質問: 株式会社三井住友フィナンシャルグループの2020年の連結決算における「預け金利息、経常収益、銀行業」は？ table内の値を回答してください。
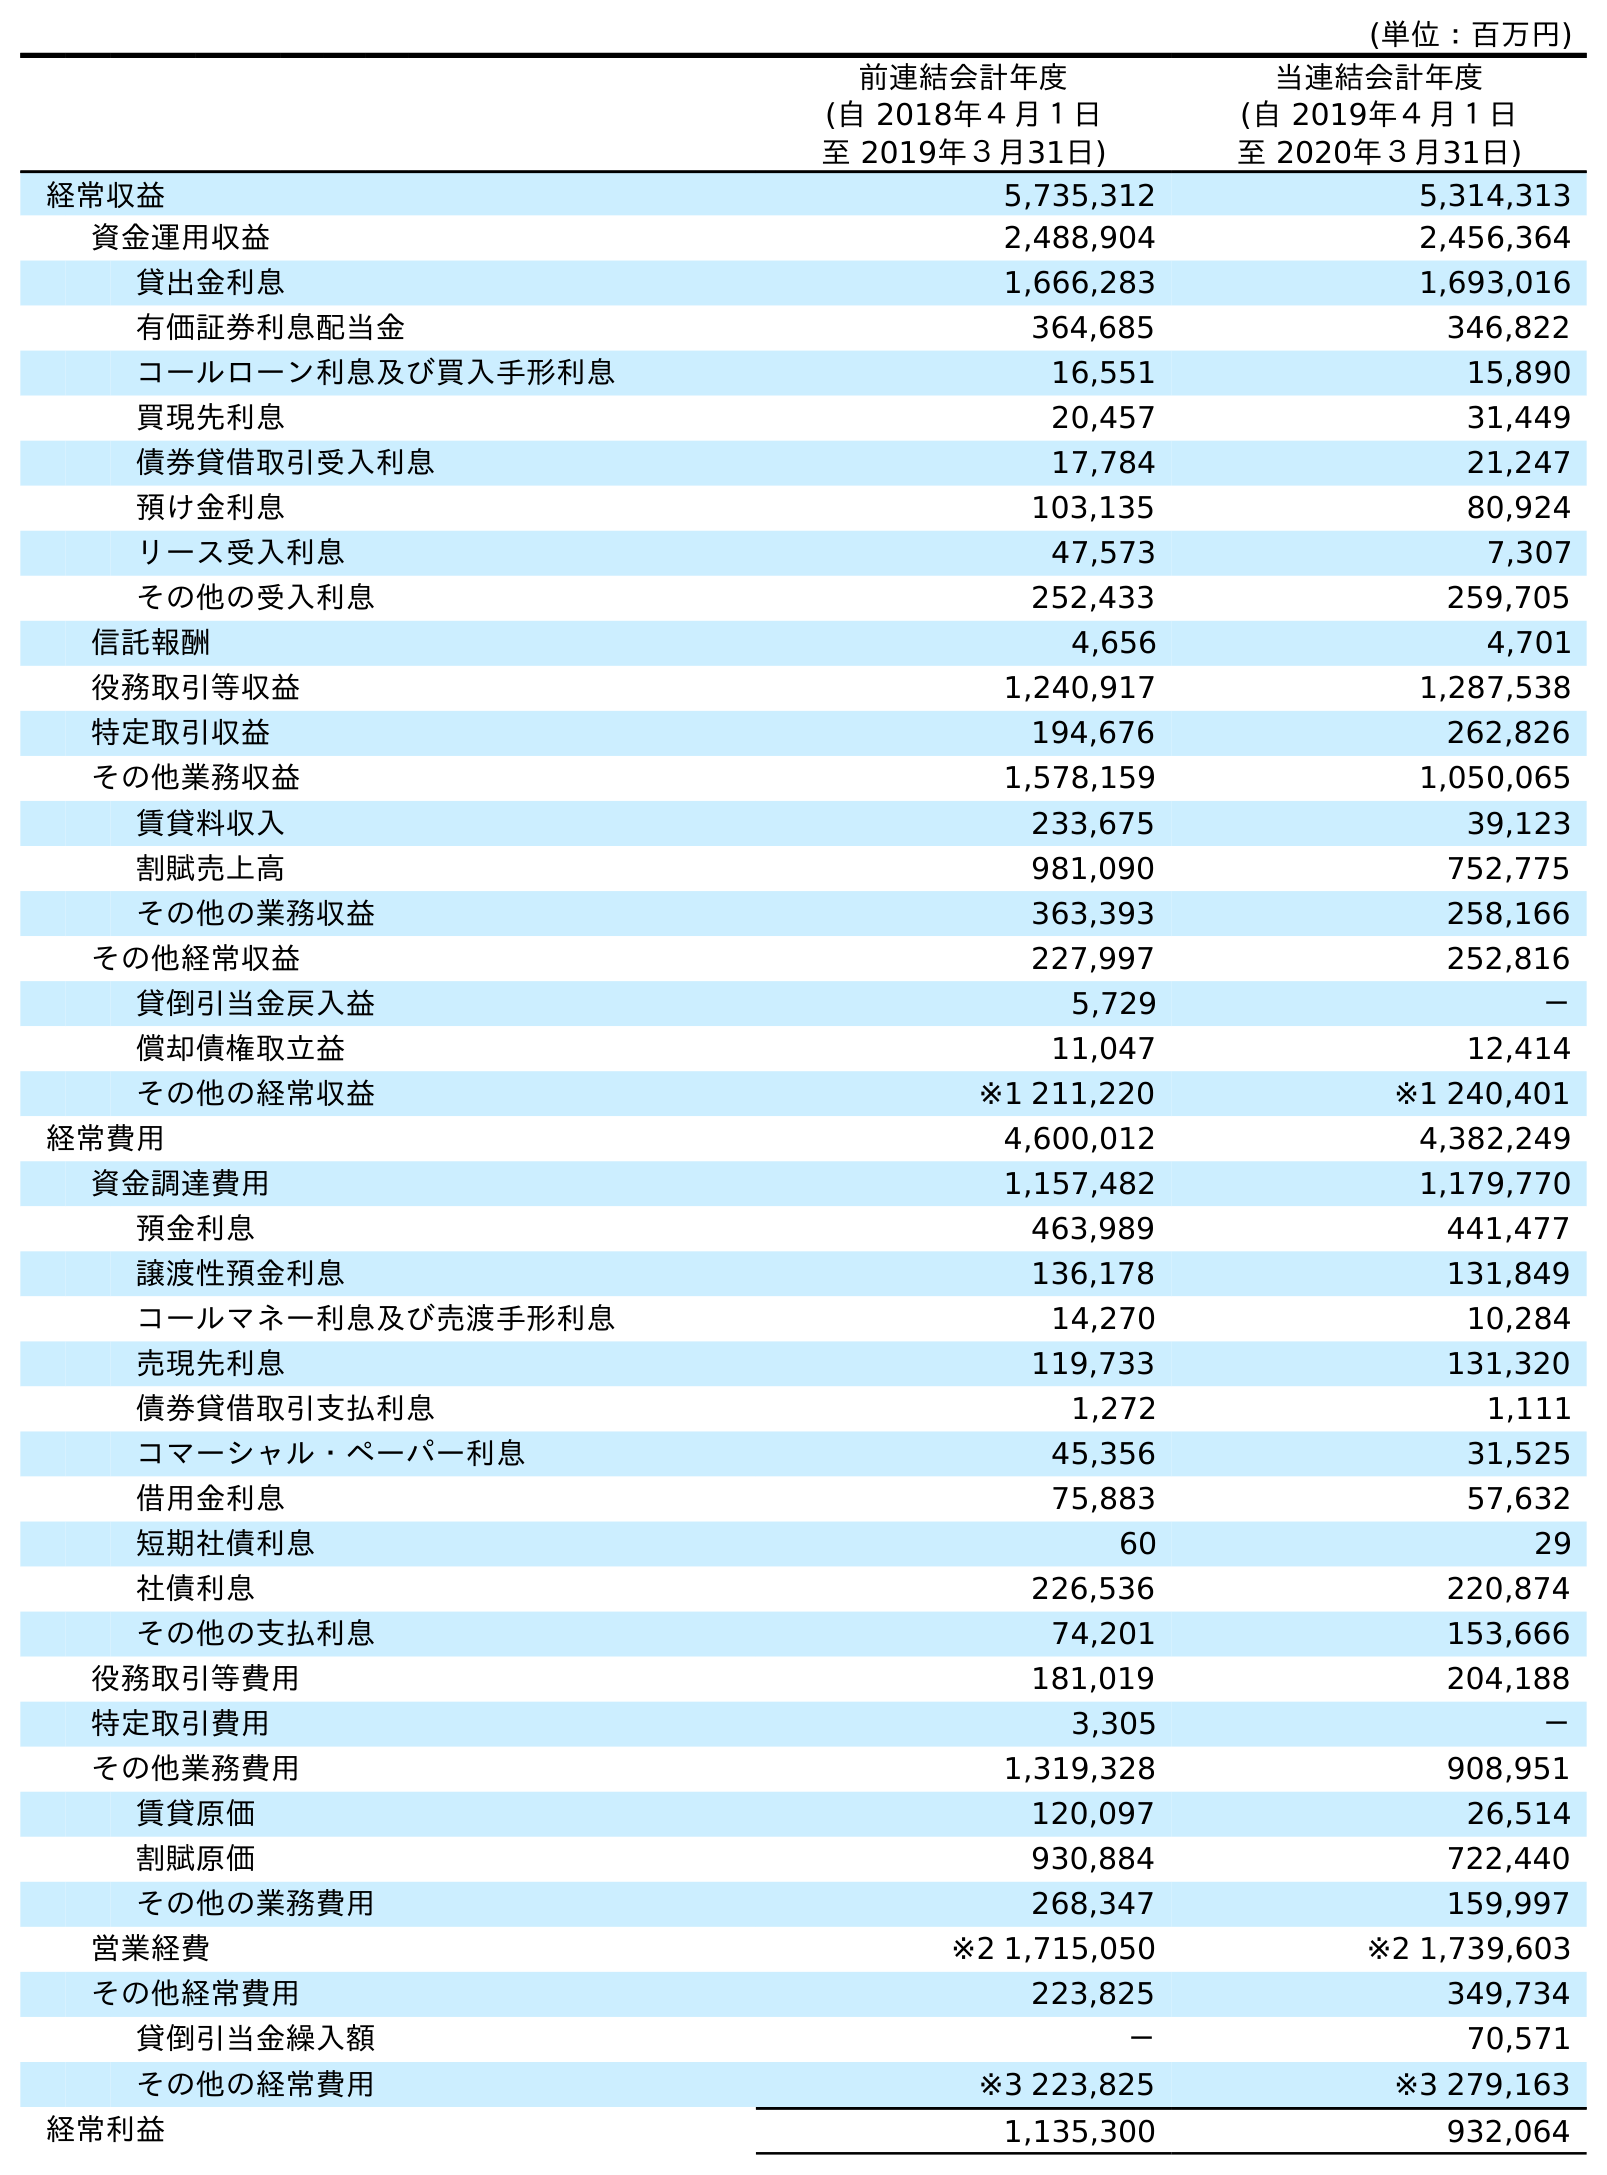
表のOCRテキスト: (単位：百万円) 前連結会計年度 (自 2018年４月１日 至 2019年３月31日) 当連結会計年度 (自 2019年４月１日 至 2020年３月31日) 経常収益 5,735,312 5,314,313 資金運用収益 2,488,904 2,456,364 貸出金利息 1,666,283 1,693,016 有価証券利息配当金 364,685 346,822 コールローン利息及び買入手形利息 16,551 15,890 買現先利息 20,457 31,449 債券貸借取引受入利息 17,784 21,247 預け金利息 103,135 80,924 リース受入利息 47,573 7,307 その他の受入利息 252,433 259,705 信託報酬 4,656 4,701 役務取引等収益 1,240,917 1,287,538 特定取引収益 194,676 262,826 その他業務収益 1,578,159 1,050,065 賃貸料収入 233,675 39,123 割賦売上高 981,090 752,775 その他の業務収益 363,393 258,166 その他経常収益 227,997 252,816 貸倒引当金戻入益 5,729 － 償却債権取立益 11,047 12,414 その他の経常収益 ※1 211,220 ※1 240,401 経常費用 4,600,012 4,382,249 資金調達費用 1,157,482 1,179,770 預金利息 463,989 441,477 譲渡性預金利息 136,178 131,849 コールマネー利息及び売渡手形利息 14,270 10,284 売現先利息 119,733 131,320 債券貸借取引支払利息 1,272 1,111 コマーシャル・ペーパー利息 45,356 31,525 借用金利息 75,883 57,632 短期社債利息 60 29 社債利息 226,536 220,874 その他の支払利息 74,201 153,666 役務取引等費用 181,019 204,188 特定取引費用 3,305 － その他業務費用 1,319,328 908,951 賃貸原価 120,097 26,514 割賦原価 930,884 722,440 その他の業務費用 268,347 159,997 営業経費 ※2 1,715,050 ※2 1,739,603 その他経常費用 223,825 349,734 貸倒引当金繰入額 － 70,571 その他の経常費用 ※3 223,825 ※3 279,163 経常利益 1,135,300 932,064
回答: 80,924